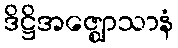
ဒိဋ္ဌိအဇ္ဈောသာနံ